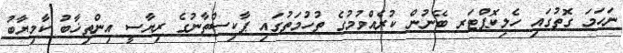
ނަހަމަ ގޮތުގައި ހެލިކޮޕްޓަރ ބޭނުން ކުރެއްވުމުގެ ތުހުމަތުގައި ޕާކިސްތާނުގެ ރިޔާސީ އިންތިޚާބު ކާމިޔާބު